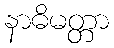
နာဓိမတ္တာ